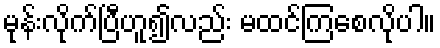
မုန်းလိုက်ပြီဟူ၍လည်း မထင်ကြစေလိုပါ။